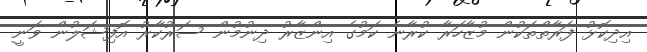
އިދިކޮޅު ފަރާތްތަކުން މުޒާހަރާ ކުރާނެ ކަމުގެ އިންޒާރު ދިނުމުން ސަރުކާރު އޮފިޝަލުން ވަނީ